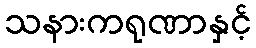
သနားကရုဏာနှင့်